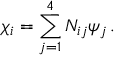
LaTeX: \chi _ { i } = \sum _ { j = 1 } ^ { 4 } N _ { i j } \psi _ { j } \, .